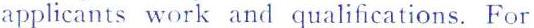
applicants work and qualifications. For